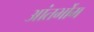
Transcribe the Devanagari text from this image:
आंतर्भोम